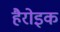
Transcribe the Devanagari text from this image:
हैरोइक